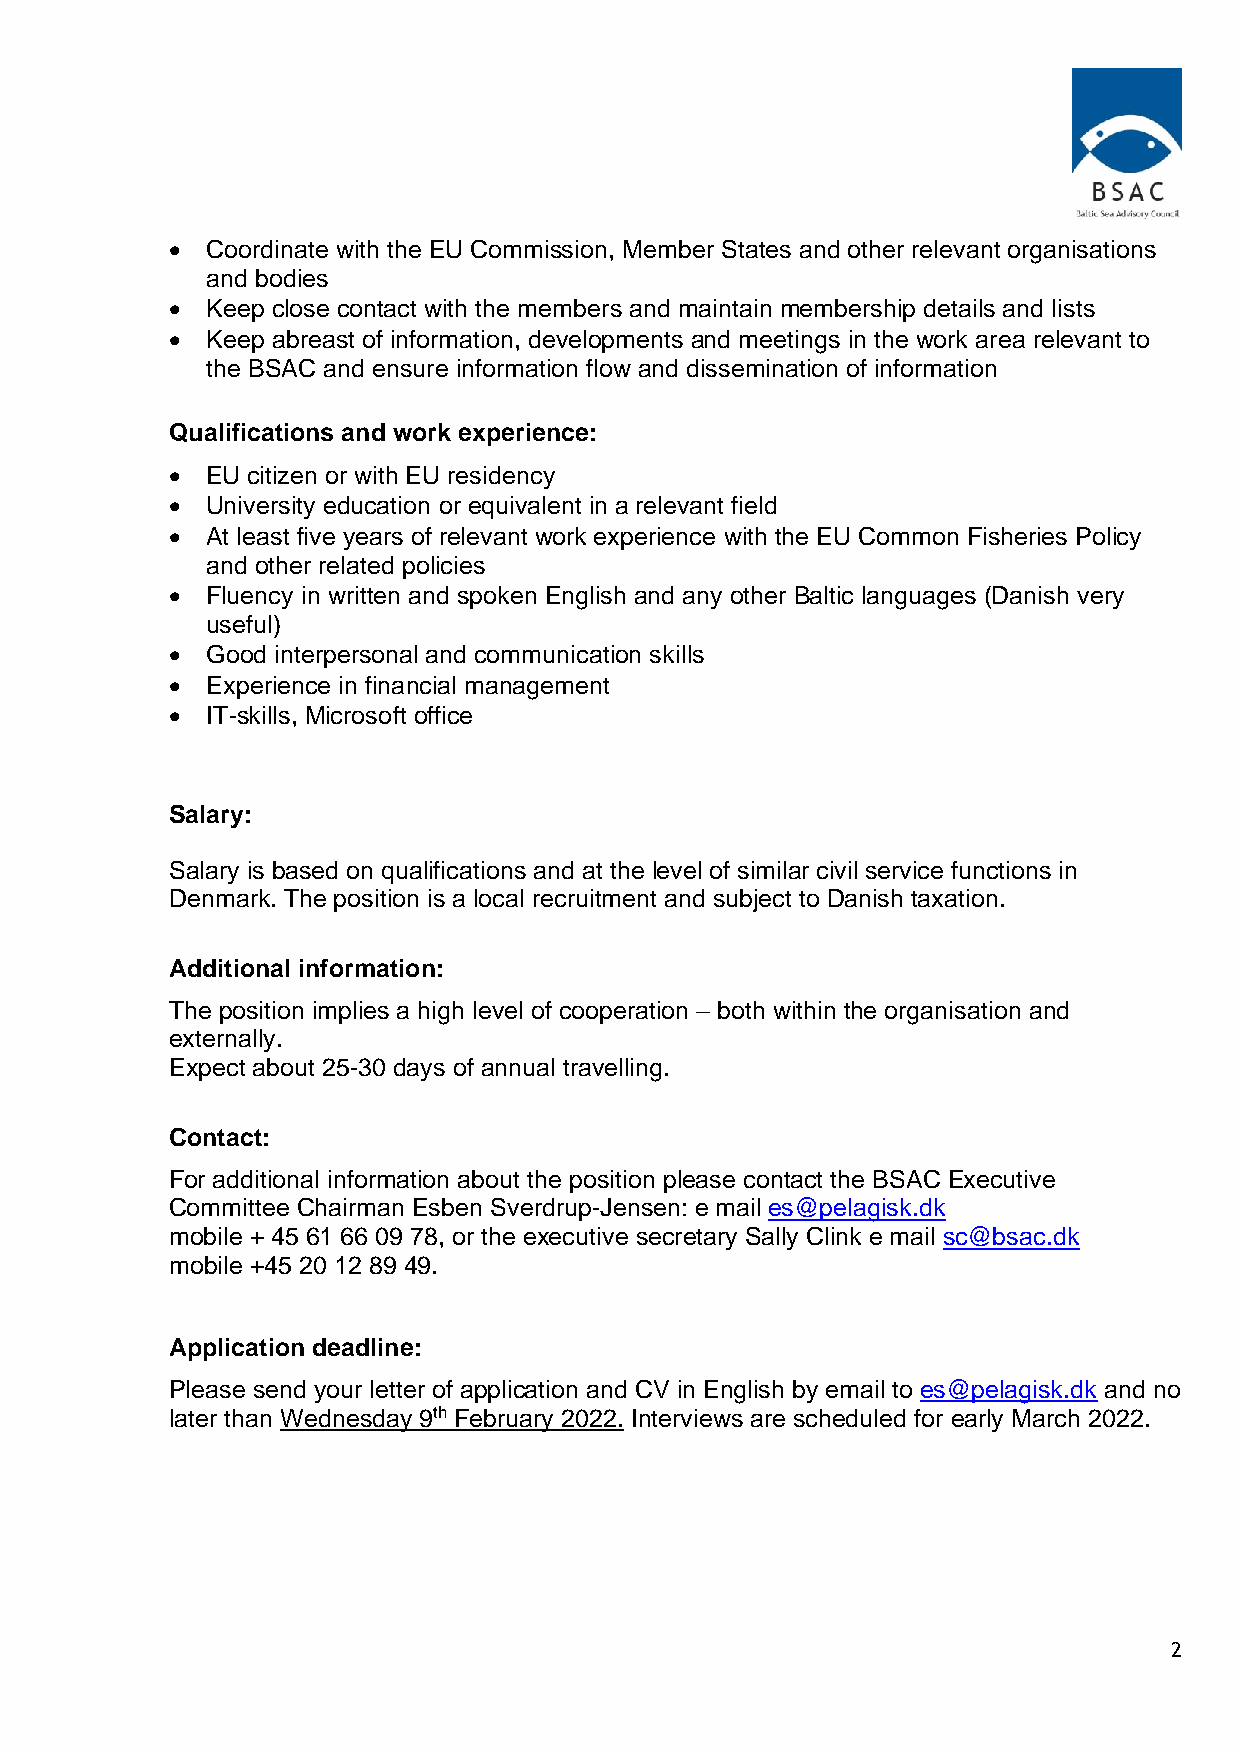
•  Coordinate with the EU Commission, Member States and other relevant organisations
 and bodies
 •  Keep close contact with the members and maintain membership details and lists
 •  Keep abreast of information, developments and meetings in the work area relevant to
 the BSAC and ensure information flow and dissemination of information
 Qualifications and work experience:
 •  EU citizen or with EU residency
 •  University education or equivalent in a relevant field
 •  At least five years of relevant work experience with the EU Common Fisheries Policy
 and other related policies
 •  Fluency in written and spoken English and any other Baltic languages (Danish very
 useful)
 •  Good interpersonal and communication skills
 •  Experience in financial management
 •  IT-skills, Microsoft office
 Salary:
 Salary is based on qualifications and at the level of similar civil service functions in
 Denmark. The position is a local recruitment and subject to Danish taxation.
 Additional information:
 The position implies a high level of cooperation – both within the organisation and
 externally.
 Expect about 25-30 days of annual travelling.
 Contact:
 For additional information about the position please contact the BSAC Executive
 Committee Chairman Esben Sverdrup-Jensen: e mail es@pelagisk.dk
 mobile + 45 61 66 09 78, or the executive secretary Sally Clink e mail sc@bsac.dk
 mobile +45 20 12 89 49.
 Application deadline:
 Please send your letter of application and CV in English by email to es@pelagisk.dk and no
 later than Wednesday 9th February 2022. Interviews are scheduled for early March 2022.
 2